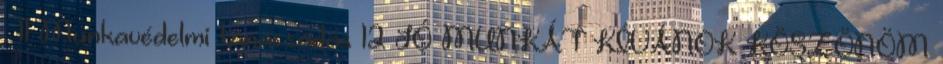
. 11 Munkavédelmi tanácsadás 12 JÓ MUNKÁT KÍVÁNOK KÖSZÖNÖM